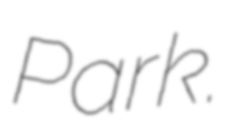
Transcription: Park.